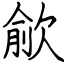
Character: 歈